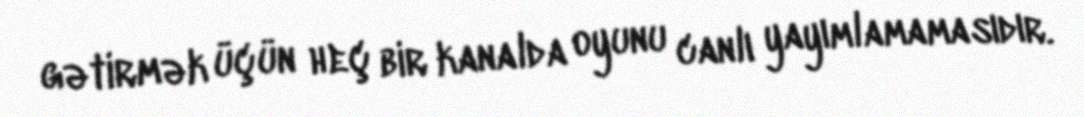
gətirmək üçün heç bir kanalda oyunu canlı yayımlamamasıdır.